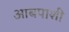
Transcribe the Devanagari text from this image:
आबपाशी